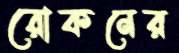
রোকনের